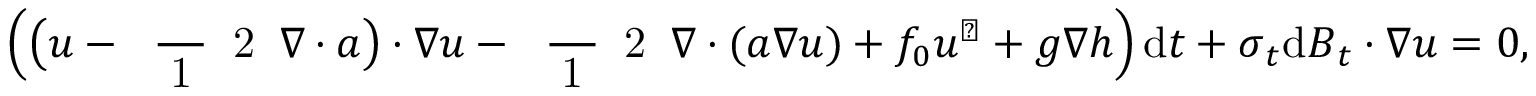
\Big ( \big ( \boldsymbol { u } - \mathrm { ~ \scriptsize ~ \frac ~ { ~ 1 ~ } ~ { ~ 2 ~ } ~ } \boldsymbol { \nabla } \boldsymbol { \cdot } \boldsymbol { a } \big ) \boldsymbol { \cdot } \boldsymbol { \nabla } \boldsymbol { u } - \mathrm { ~ \scriptsize ~ \frac ~ { ~ 1 ~ } ~ { ~ 2 ~ } ~ } \boldsymbol { \nabla } \boldsymbol { \cdot } ( \boldsymbol { a } \boldsymbol { \nabla } \boldsymbol { u } ) + f _ { 0 } \boldsymbol { u } ^ { \perp } + g \boldsymbol { \nabla } h \Big ) \, \mathrm { d } t + \boldsymbol { \sigma } _ { t } \mathrm { d } \boldsymbol { B } _ { t } \boldsymbol { \cdot } \boldsymbol { \nabla } \boldsymbol { u } = 0 ,